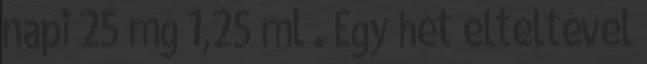
napi 25 mg 1,25 ml . Egy hét elteltével